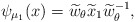
\begin{align*}\psi_{\mu_1}(x) = \widetilde w_\theta \widetilde x_1 \widetilde w_\theta^{-1},\end{align*}